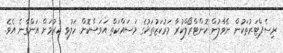
ރިސެޕްޓަރުތަކުން ނޭވާލުން ކޮންޓްރޯލްކުރާ މަރުކަޒުތަކުގެ މަސައްކަތް އަވަސްކޮށް ހަލުވި ކުރުމަށް އަންގާނެ އެވެ.